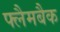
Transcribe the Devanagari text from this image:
फ्लैमबैक